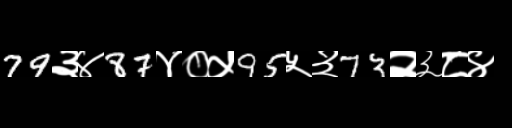
Text: 79३४87४०५95५३73२३८४